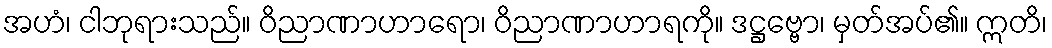
အဟံ၊ ငါဘုရားသည်။ ဝိညာဏာဟာရော၊ ဝိညာဏာဟာရကို။ ဒဋ္ဌဗ္ဗော၊ မှတ်အပ်၏။ ဣတိ၊